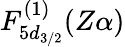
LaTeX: F_{5d_{3/2}}^{(1)}(Z\alpha)